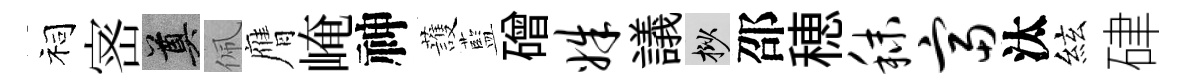
祠宻奠佩膺崦神䕶藍磳姝議挲邵穂秣富汰絃硉